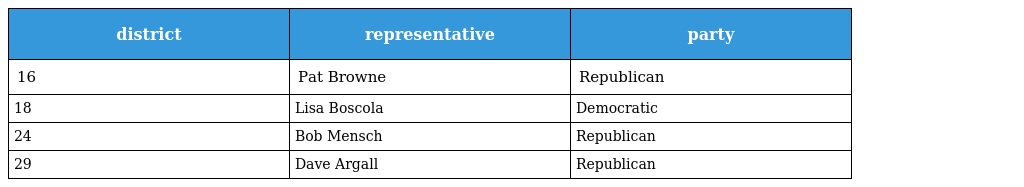
| district | representative | party |
 | --- | --- | --- |
 | 16 | Pat Browne | Republican |
 | 18 | Lisa Boscola | Democratic |
 | 24 | Bob Mensch | Republican |
 | 29 | Dave Argall | Republican |